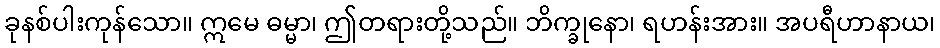
ခုနစ်ပါးကုန်သော။ ဣမေ ဓမ္မာ၊ ဤတရားတို့သည်။ ဘိက္ခုနော၊ ရဟန်းအား။ အပရီဟာနာယ၊